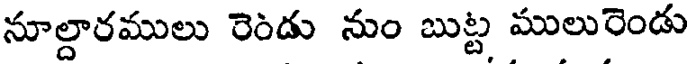
నూల్దారములు రెండు నుం బుట్ట ములురెండు